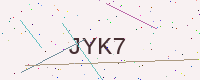
Text: JYK7